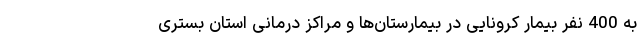
به 400 نفر بیمار کرونایی در بیمارستان‌ها و مراکز درمانی استان بستری